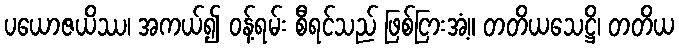
ပယောဇယိဿ၊ အကယ်၍ ဝန့်ရမ်း စီရင်သည် ဖြစ်ငြားအံ့။ တတိယသေဋ္ဌိ၊ တတိယ